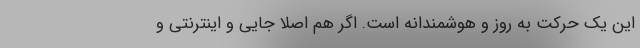
این یک حرکت به روز و هوشمندانه است. اگر هم اصلا جایی و اینترنتی و